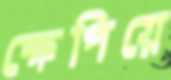
ক্ষেপিয়ে